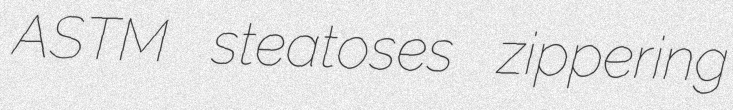
ASTM steatoses zippering